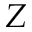
Z